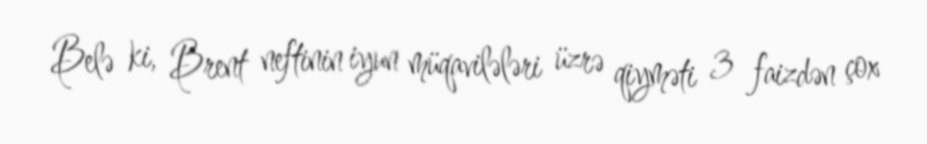
Belə ki, Brent neftinin iyun müqavilələri üzrə qiyməti 3 faizdən çox